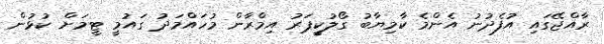
ރާއްޖޭގައި އުފެދުނު އެންމެ ކާމިޔާބު ގޯލުކީޕަރު އިމްރާން މުހައްމަދު ގައުމީ ޓީމަށް ކުޅުން